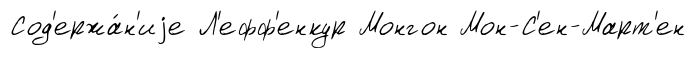
Сод'ержа́н'иjе Л'ефф'енкур Монгон Мон-С'ен-Март'ен